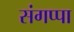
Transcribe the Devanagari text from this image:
संगप्पा